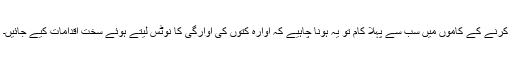
کرنے کے کاموں میں سب سے پہلا کام تو یہ ہونا چاہیے کہ آوارہ کتوں کی آوارگی کا نوٹس لیتے ہوئے سخت اقدامات کیے جائیں۔